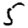
Digit: 5